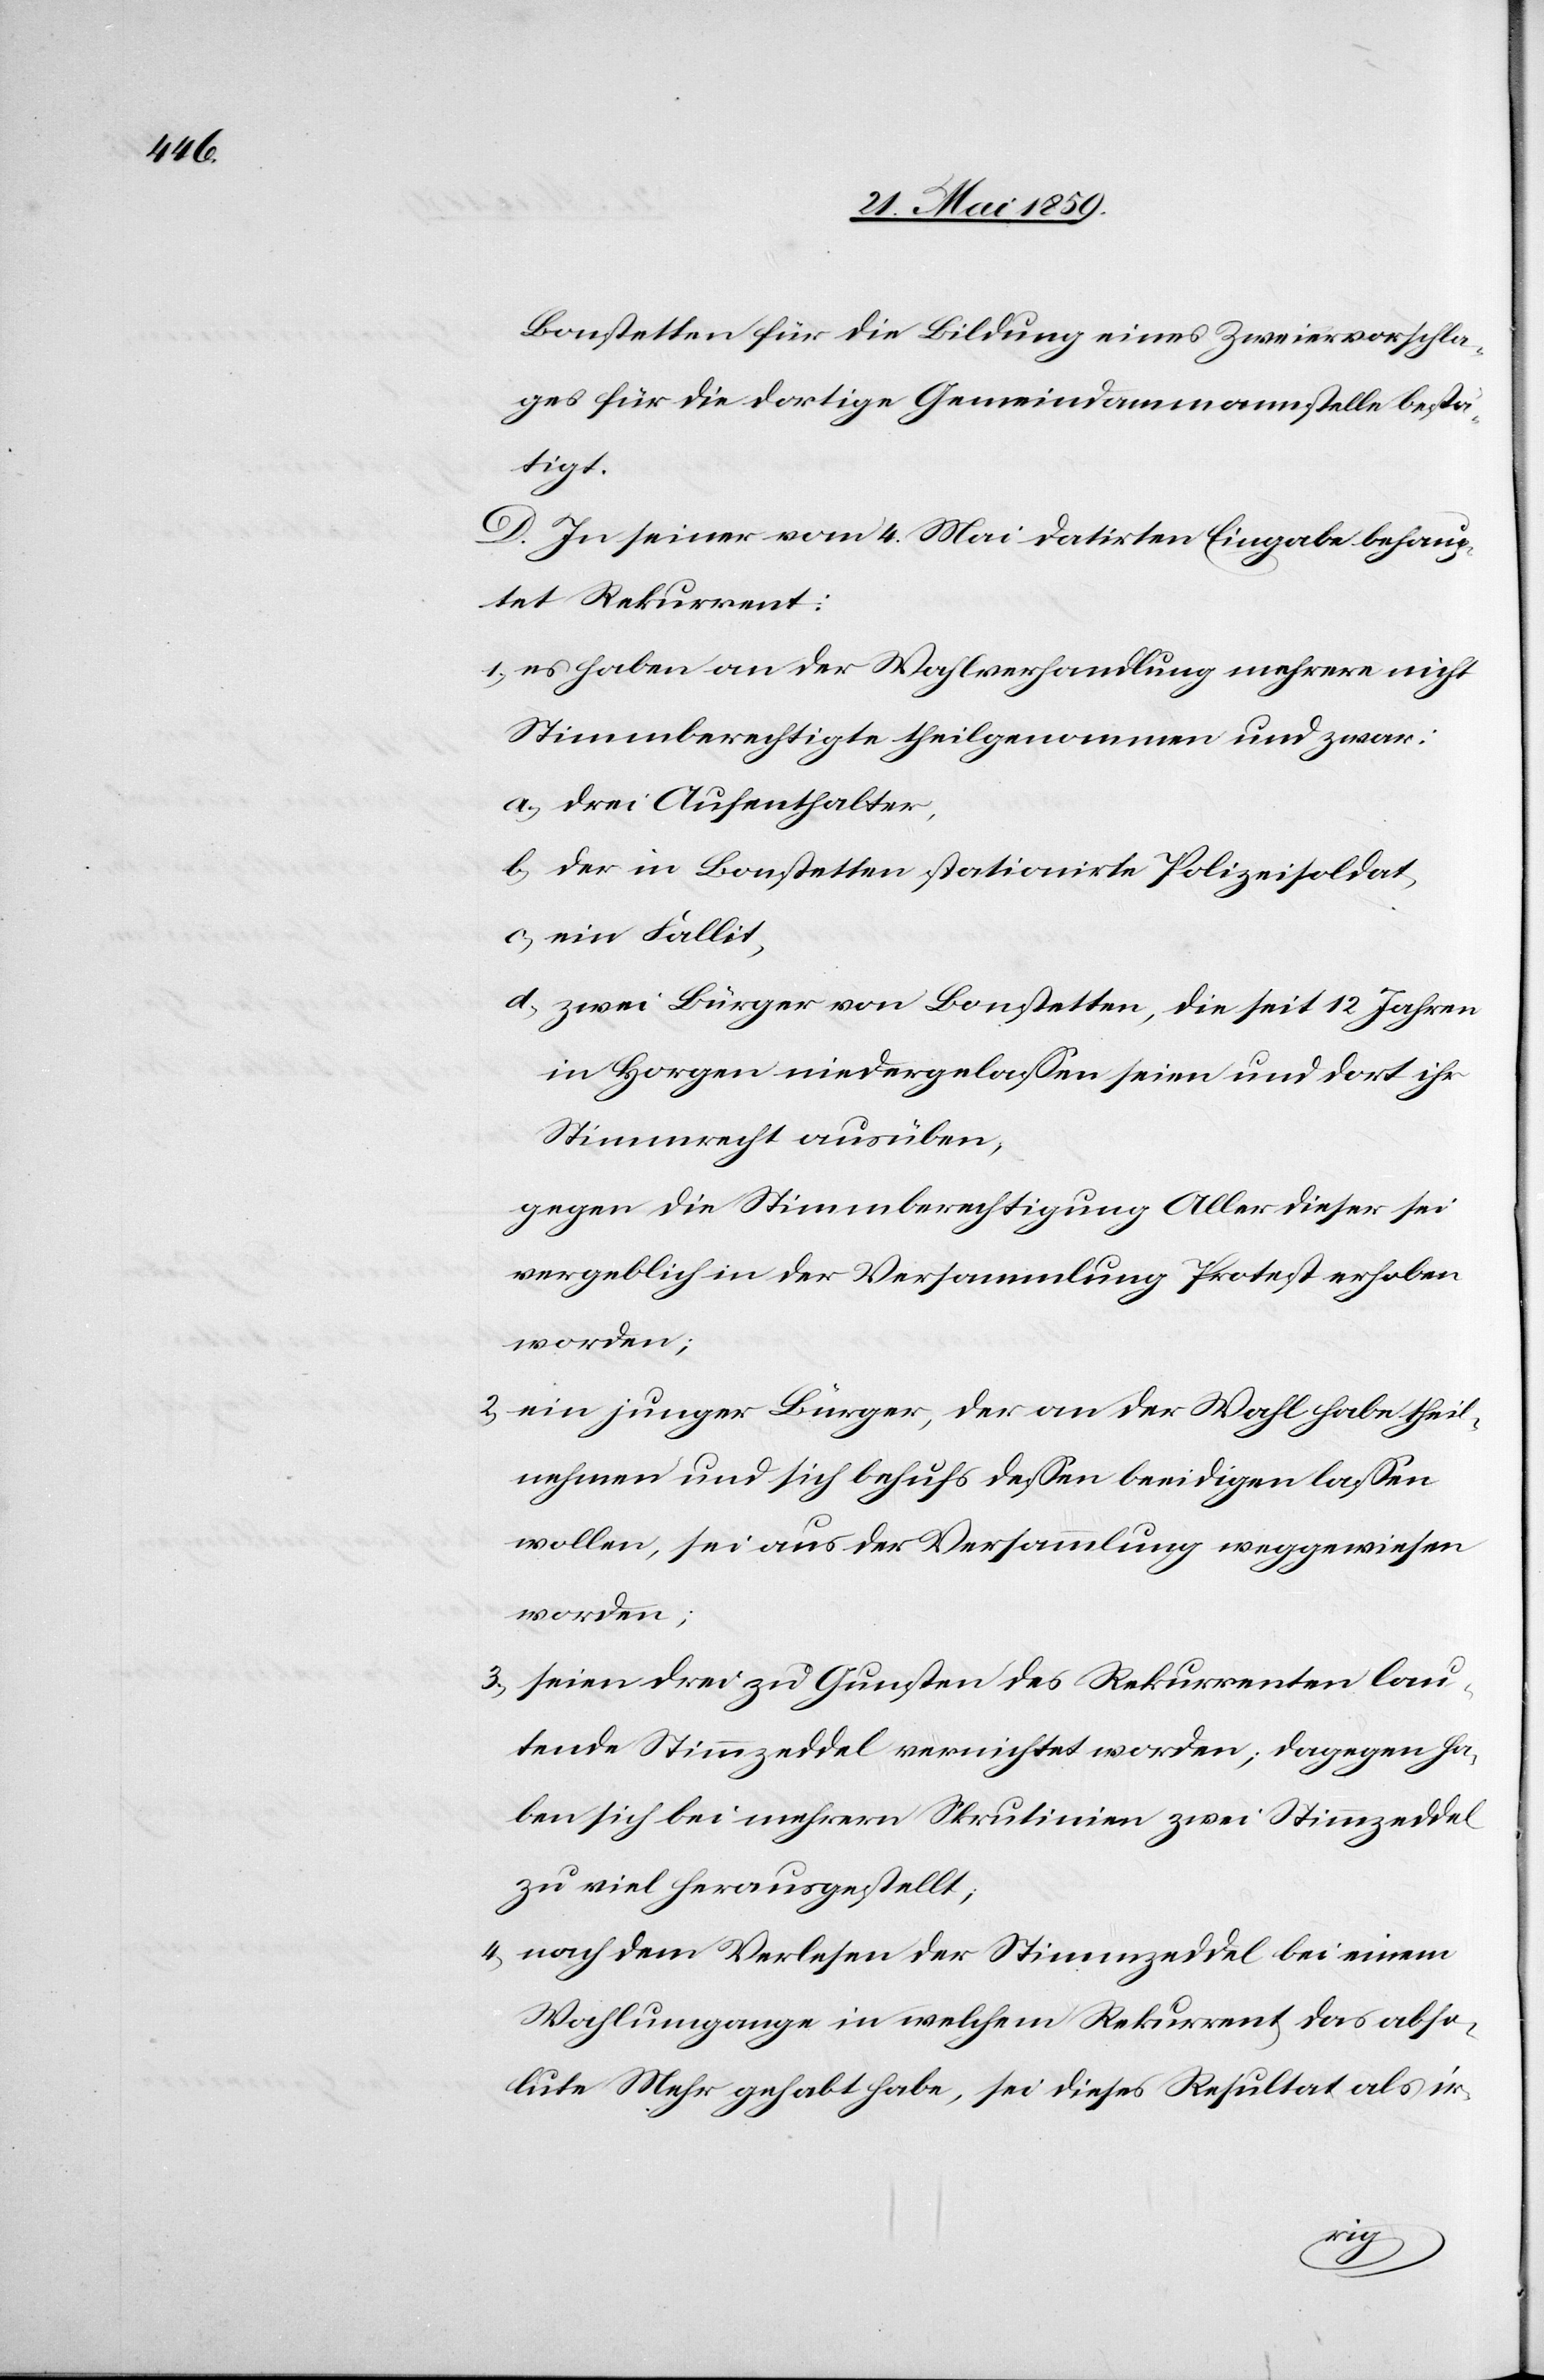
Bonstetten für die Bildung eines Zweiervorschla¬
ges für die dortige Gemeindammannstelle besei¬
tigt.
D. In seiner vom 4. Mai datierten Eingabe behaup¬
tet Rekurrent:
1) es haben an der Wahlverhandlung mehrere nicht
Stimmberechtigte theilgenommen und zwar:
a) drei Aufenthalter,
b) der in Bonstetten stationierte Polizeisoldat,
c) ein Fallit,
d) zwei Bürger von Bonstetten, die seit 12 Jahren
in Horgen niedergelassen seien und dort ihr
Stimmrecht ausüben,
gegen die Stimmberechtigung Aller dieser sei
vergeblich in der Versammlung Protest erhoben
worden;
2) ein junger Bürger, der an der Wahl habe theil¬
nehmen und sich behufs dessen beeidigen lassen
wollen, sei aus der Versammlung weggewiesen
worden;
seien drei zu Gunsten des Rekurrenten lau¬
tende Stimmzeddel vernichtet worden; dagegen ha¬
ben sich bei mehrern Skrutinien zwei Stimmzeddel
zu viel herausgestellt;
4) nach dem Verlesen der Stimmzeddel bei einem
Wahlumgange in welchem Rekurrent das abso¬
lute Mehr gehabt habe, sei dieses Resultat als ir-